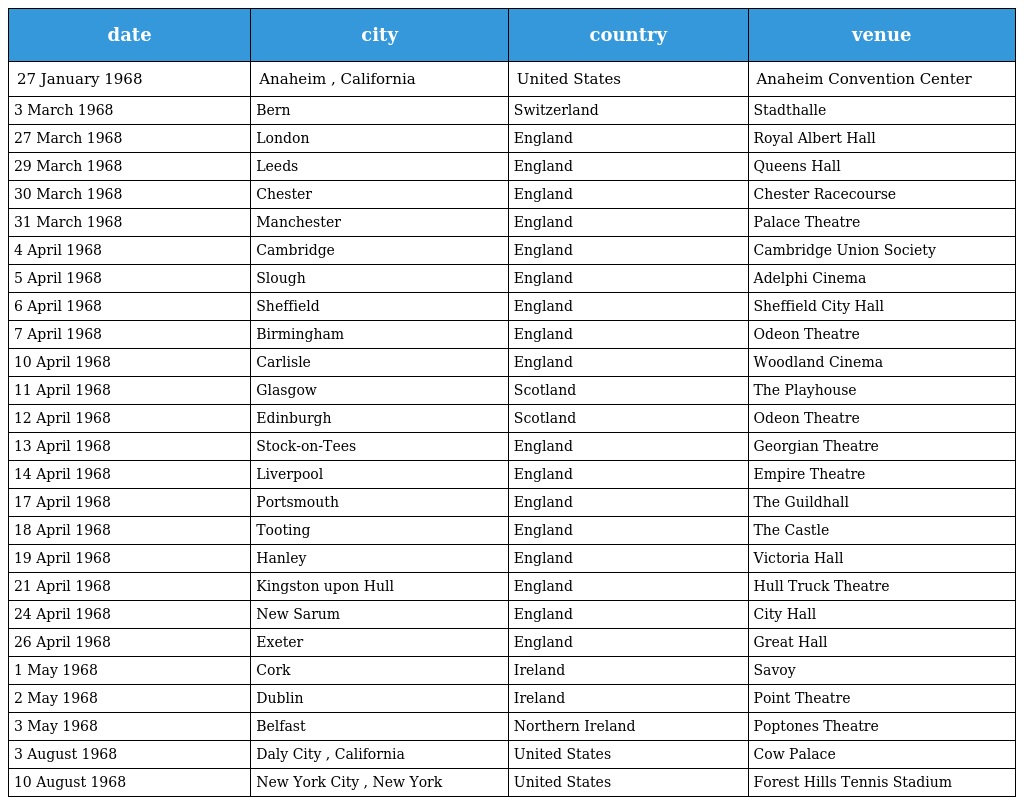
| date | city | country | venue |
 | --- | --- | --- | --- |
 | 27 January 1968 | Anaheim , California | United States | Anaheim Convention Center |
 | 3 March 1968 | Bern | Switzerland | Stadthalle |
 | 27 March 1968 | London | England | Royal Albert Hall |
 | 29 March 1968 | Leeds | England | Queens Hall |
 | 30 March 1968 | Chester | England | Chester Racecourse |
 | 31 March 1968 | Manchester | England | Palace Theatre |
 | 4 April 1968 | Cambridge | England | Cambridge Union Society |
 | 5 April 1968 | Slough | England | Adelphi Cinema |
 | 6 April 1968 | Sheffield | England | Sheffield City Hall |
 | 7 April 1968 | Birmingham | England | Odeon Theatre |
 | 10 April 1968 | Carlisle | England | Woodland Cinema |
 | 11 April 1968 | Glasgow | Scotland | The Playhouse |
 | 12 April 1968 | Edinburgh | Scotland | Odeon Theatre |
 | 13 April 1968 | Stock-on-Tees | England | Georgian Theatre |
 | 14 April 1968 | Liverpool | England | Empire Theatre |
 | 17 April 1968 | Portsmouth | England | The Guildhall |
 | 18 April 1968 | Tooting | England | The Castle |
 | 19 April 1968 | Hanley | England | Victoria Hall |
 | 21 April 1968 | Kingston upon Hull | England | Hull Truck Theatre |
 | 24 April 1968 | New Sarum | England | City Hall |
 | 26 April 1968 | Exeter | England | Great Hall |
 | 1 May 1968 | Cork | Ireland | Savoy |
 | 2 May 1968 | Dublin | Ireland | Point Theatre |
 | 3 May 1968 | Belfast | Northern Ireland | Poptones Theatre |
 | 3 August 1968 | Daly City , California | United States | Cow Palace |
 | 10 August 1968 | New York City , New York | United States | Forest Hills Tennis Stadium |